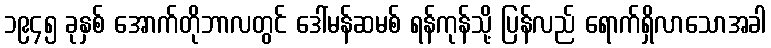
၁၉၄၅ ခုနှစ် အောက်တိုဘာလတွင် ဒေါ်မန်ဆမစ် ရန်ကုန်သို့ ပြန်လည် ရောက်ရှိလာသောအခါ